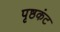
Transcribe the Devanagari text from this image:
पृष्ठकंट